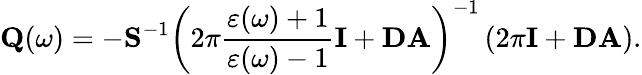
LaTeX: \mathbf{Q}(\omega)=-\mathbf{S}^{-1}\left(2\pi\frac{\varepsilon(\omega)+1}{\varepsilon(\omega)-1}\mathbf{I}+\mathbf{DA}\right)^{-1}\left(2\pi\mathbf{I}+\mathbf{DA}\right).